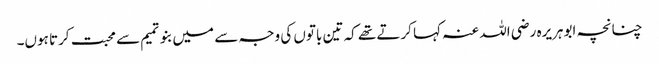
چنانچہ ابوہریرہ رضی اللہ عنہ کہا کرتے تھے کہ تین باتوں کی وجہ سے میں بنوتمیم سے محبت کرتا ہوں۔